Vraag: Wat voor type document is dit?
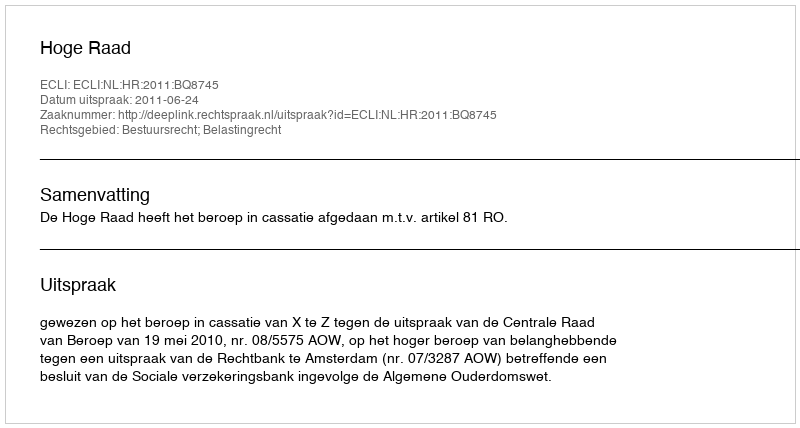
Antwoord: Uitspraak